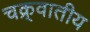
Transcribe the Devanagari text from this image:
चक्र्वातीय